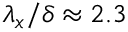
{ \lambda } _ { x } / \delta \approx 2 . 3